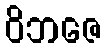
ဝိဘဇေ